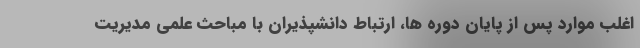
اغلب موارد پس از پایان دوره ها، ارتباط دانشپذیران با مباحث علمی مدیریت